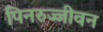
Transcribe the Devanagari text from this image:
पिनरुज्जीवन